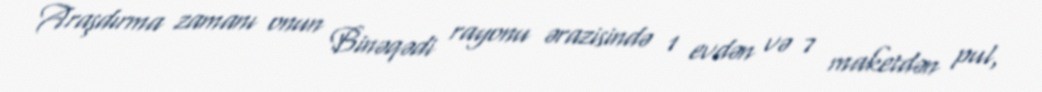
Araşdırma zamanı onun Binəqədi rayonu ərazisində 1 evdən və 7 maketdən pul,